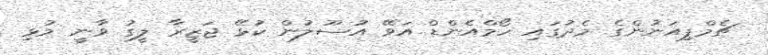
ޗެމްޕިއަނުންގެ މެދުގައި ހޯމްއެންޑް އަވޭ އުސޫލުން ކުޅޭ ޖަޒީރާ ލީގު ވާނީ މުޅި